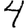
Digit: 4